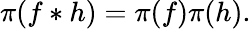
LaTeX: \pi(f*h)=\pi(f)\pi(h).